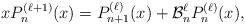
LaTeX: \begin{align*}xP_n^{(\ell+1)}(x)=P_{n+1}^{(\ell)}(x)+\mathcal{B}_n^\ell P_n^{(\ell)}(x),\end{align*}